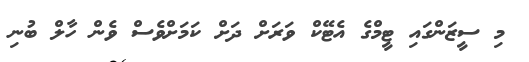
މި ސީޒަންގައި ޓީމްގެ އެޓޭކް ވަރަށް ދަށް ކަމަށްވެސް ވެން ހާލް ބުނި